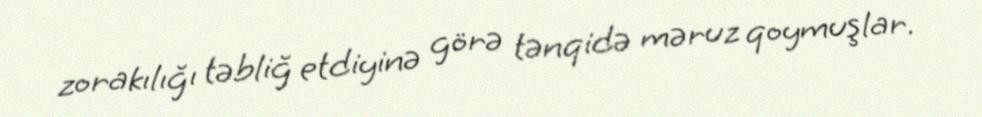
zorakılığı təbliğ etdiyinə görə tənqidə məruz qoymuşlar.